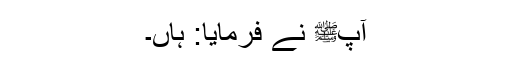
آپﷺ نے فرمایا: ہاں۔